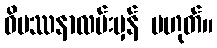
ဝိပဿနာလမ်းမှန် မဟုတ်။